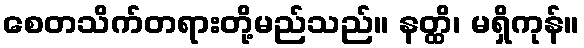
စေတသိက်တရားတို့မည်သည်။ နတ္ထိ၊ မရှိကုန်။